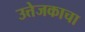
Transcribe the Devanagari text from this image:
उत्तेजकाचा